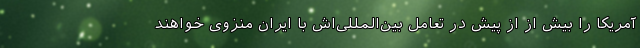
آمریکا را بیش از از پیش در تعامل بین‌المللی‌اش با ایران منزوی خواهند